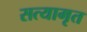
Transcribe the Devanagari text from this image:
सत्यामृत